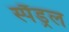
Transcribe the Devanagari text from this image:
स्पैंड्रल